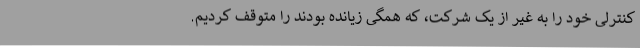
کنترلی خود را به غیر از یک شرکت، که همگی زیانده بودند را متوقف کردیم.